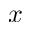
x